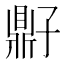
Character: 𫜠